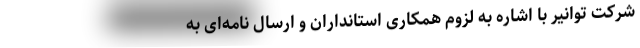
شرکت توانیر با اشاره به لزوم همکاری استانداران و ارسال نامه‌ای به